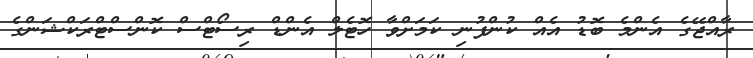
ރާއްޖޭގެ އެންމެ ބޮޑު އެއް ކުންފުނި ކަމަށްވާ ހޮޓެލް އެންޑް ރިސޯޓްސް ކޮންސްޓްރަކްޝަންގެ